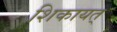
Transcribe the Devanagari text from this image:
शिकायत्